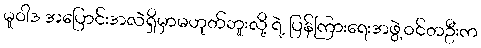
မူဝါဒ အပြောင်းအလဲရှိမှာမဟုတ်ဘူးလို့ ရဲ့ ပြန်ကြားရေးအဖွဲ့ဝင်တဦးက